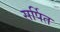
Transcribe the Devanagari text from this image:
सर्पित